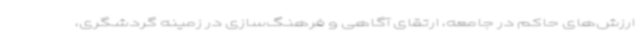
ارزش‌های حاکم در جامعه، ارتقای آگاهی و فرهنگ‌سازی در زمینه گردشگری،